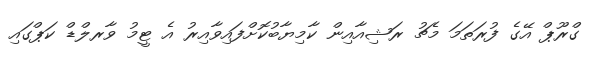
ގްރޫޕް އޭގެ ފުރަތަމަ މެޗު ރަޝިއާއިން ކާމިޔާބުކޮށްފައިވާއިރު އެ ޓީމު ވާރލްޑް ކަޕްގައި